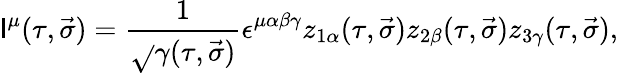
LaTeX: \mathsf{l}^{\mu}(\tau,\vec{{\sigma}})=\frac{{1}}{{\sqrt{}{{\gamma(\tau,\vec{{\sigma}})}}}}\epsilon^{\mu\alpha\beta\gamma}z_{1\alpha}(\tau,\vec{{\sigma}})z_{2\beta}(\tau,\vec{{\sigma}})z_{3\gamma}(\tau,\vec{{\sigma}}),